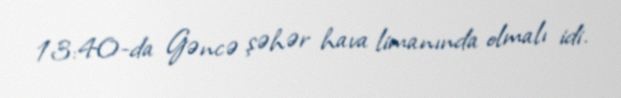
13:40-da Gəncə şəhər hava limanında olmalı idi.